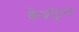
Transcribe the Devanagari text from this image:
कैथोड्रल